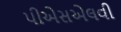
પીએસએલવી